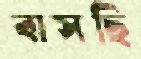
বাসছি